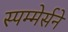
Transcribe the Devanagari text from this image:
स्पम्मेर्सने